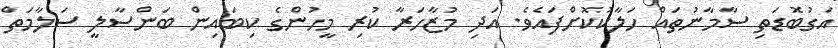
އަގުބޮޑަތި ސާމާނުތައް ހަލާކުކޮށްފައެވެ. އަދި މުޒާހަރާ ކުރި މީހުންގެ ކިބައިން ބަންސާލީ ސަލާމަތް